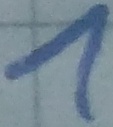
Text: 1